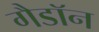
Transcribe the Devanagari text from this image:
गैडाॅन